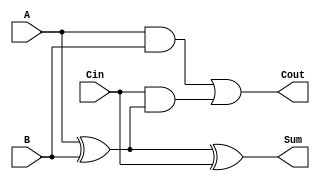
module FullAdder (
    input wire A,
    input wire B,
    input wire Cin,
    output wire Sum,
    output wire Cout
);
    // Sum and Carry calculations
    assign Sum = A ^ B ^ Cin;
    assign Cout = (A & B) | (Cin & (A ^ B));
endmodule